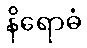
နိရောဓံ